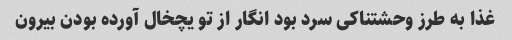
غذا به طرز وحشتناکی سرد بود انگار از تو یچخال آورده بودن بیرون